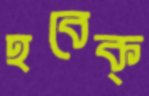
হবেক্